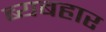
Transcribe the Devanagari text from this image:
ब्यबहार